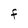
Character: F